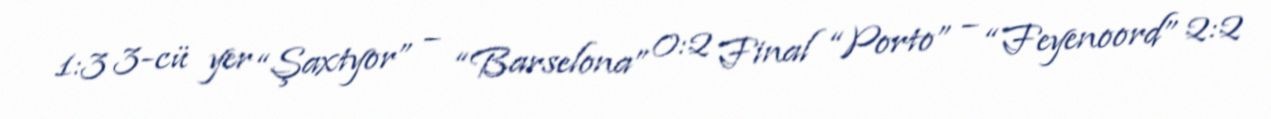
1:3 3-cü yer “Şaxtyor” – “Barselona” 0:2 Final “Porto” – “Feyenoord” 2:2